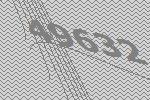
49632